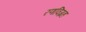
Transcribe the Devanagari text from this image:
रणविग्रह